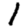
Digit: 1